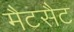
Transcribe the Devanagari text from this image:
मैटसैट